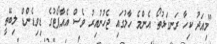
"މިއަދު ކިހާ ރަނގަޅުތޯ. އެންމެ ހާލުގައި ޖެހުނުއިރު ވެސް އެއާޕޯޓުގެ ޑިވިޑެންޑް ލިބޭތީ